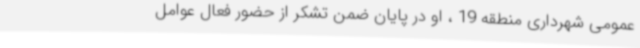
عمومی شهرداری منطقه 19 ، او در پایان ضمن تشکر از حضور فعال عوامل